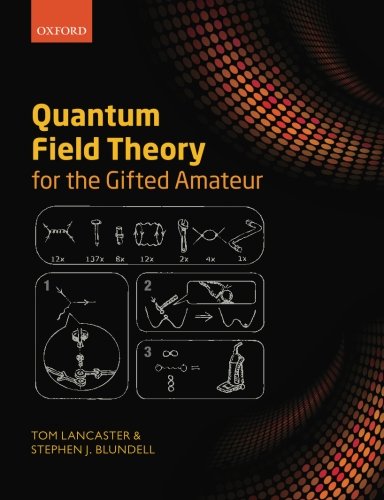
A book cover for Quantum Field Theory for the Gifted Amateur; Tom Lancaster; Science & Math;